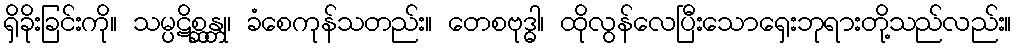
ရှိခိုးခြင်းကို။ သမ္ပဋိစ္ဆန္တု၊ ခံစေကုန်သတည်း။ တေစဗုဒ္ဓါ၊ ထိုလွန်လေပြီးသောရှေးဘုရားတို့သည်လည်း။